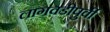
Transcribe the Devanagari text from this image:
लागवडीपुर्वी